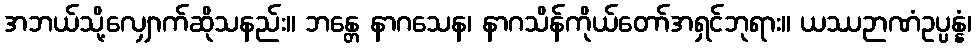
အဘယ်သို့လျှောက်ဆိုသနည်း။ ဘန္တေ နာဂသေန၊ နာဂသိန်ကိုယ်တော်အရှင်ဘုရား။ ယဿဉာဏံဥပ္ပန္နံ၊